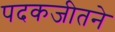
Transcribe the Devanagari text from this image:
पदकजीतने